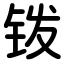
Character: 䥽